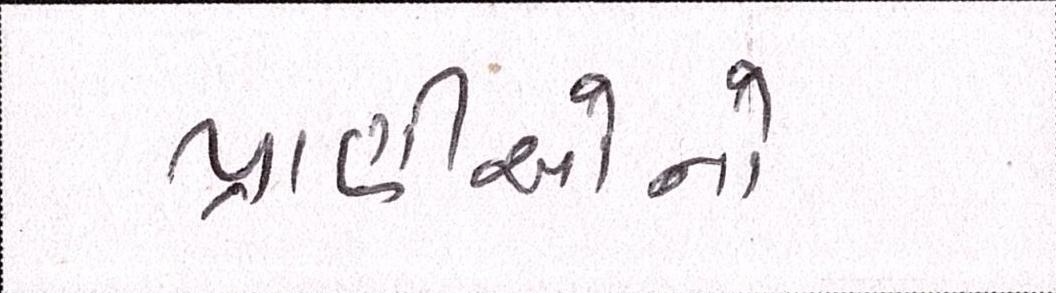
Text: પ્રાણીઓનો